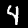
Label: 4